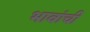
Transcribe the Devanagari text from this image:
भावांची